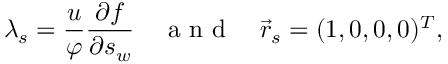
\lambda _ { s } = \frac { u } { \varphi } \frac { \partial f } { \partial s _ { w } } \quad \mathrm { ~ a ~ n ~ d ~ } \quad \vec { r } _ { s } = ( 1 , 0 , 0 , 0 ) ^ { T } ,